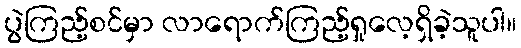
ပွဲကြည့်စင်မှာ လာရောက်ကြည့်ရှုလေ့ရှိခဲ့သူပါ။